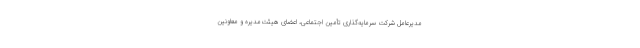
مدیرعامل شرکت سرمایه‌گذاری تأمین اجتماعی، اعضای هیئت‌مدیره و معاونین